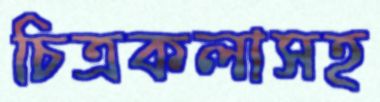
চিত্রকলাসহ